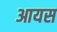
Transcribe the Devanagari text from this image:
आयस